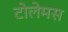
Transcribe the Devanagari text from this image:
टोलेमस